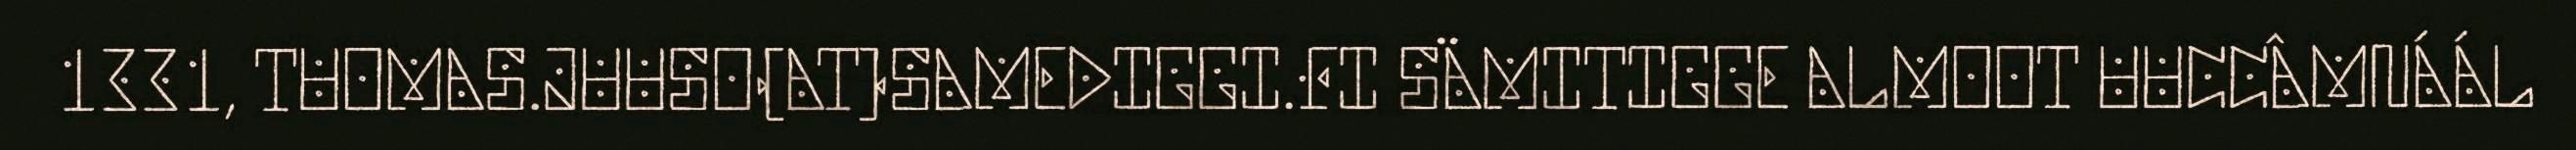
1331, TUOMAS.JUUSO(AT)SAMEDIGGI.FI SÄMITIGGE ALMOOT UUCCÂMNÁÁL